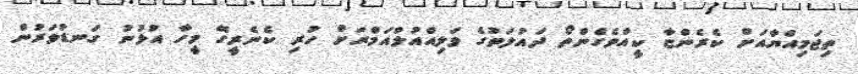
ތިޖަމިއްޔާއަށް ކެރެންޏާ ކީއްވެގެންތޯ ދައުލަތުގެ ވަލިއްއުލްއަމްރަށް ހުރި ކެނެރީގޭ މީހާ އުޅުނު ގަނޑުވަރުން